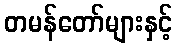
တမန်တော်များနှင့်